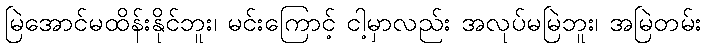
မြဲအောင်မထိန်းနိုင်ဘူး၊ မင်းကြောင့် ငါ့မှာလည်း အလုပ်မမြဲဘူး၊ အမြဲတမ်း